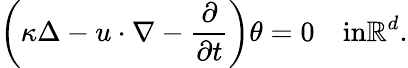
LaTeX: \left(\kappa\Delta-u\cdot\nabla-\frac{\partial}{\partial t}\right)\theta=0\quad\textrm{in}\mathbb{R}^{d}.